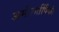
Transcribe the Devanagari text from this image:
अमीरातींपैकी